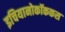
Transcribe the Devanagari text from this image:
इचियानोकॉककस